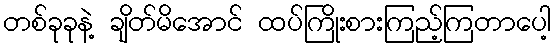
တစ်ခုခုနဲ့ ချိတ်မိအောင် ထပ်ကြိုးစားကြည့်ကြတာပေါ့